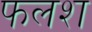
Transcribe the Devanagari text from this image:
फलश